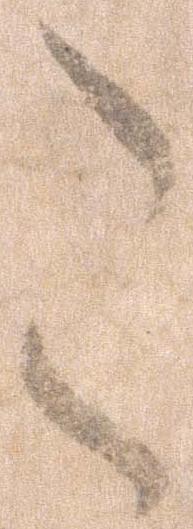
こ